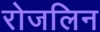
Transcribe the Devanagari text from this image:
रोजलिन